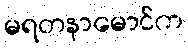
မရတနာမောင်က